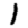
Digit: 1